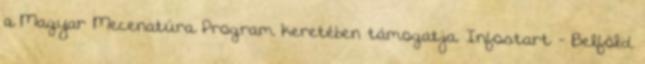
a Magyar Mecenatúra Program keretében támogatja. Infostart - Belföld